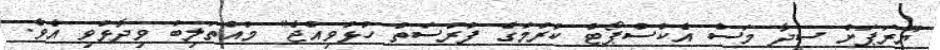
ޔޫރަޕަށް ސީދާ މަސް އެކްސްޕޯޓް ކުރުމުގެ ފުރުސަތު ހުޅުވިއްޖެ" މުއްތަލިބު ވިދާޅުވި އެވެ.